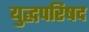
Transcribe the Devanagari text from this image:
युद्धपरिषद